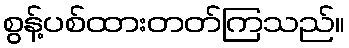
စွန့်ပစ်ထားတတ်ကြသည်။